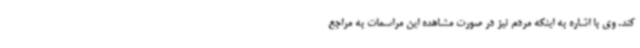
کند. وی با اشاره به اینکه مردم نیز در صورت مشاهده این مراسمات به مراجع